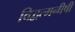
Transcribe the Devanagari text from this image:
विद्वत्मनीषी